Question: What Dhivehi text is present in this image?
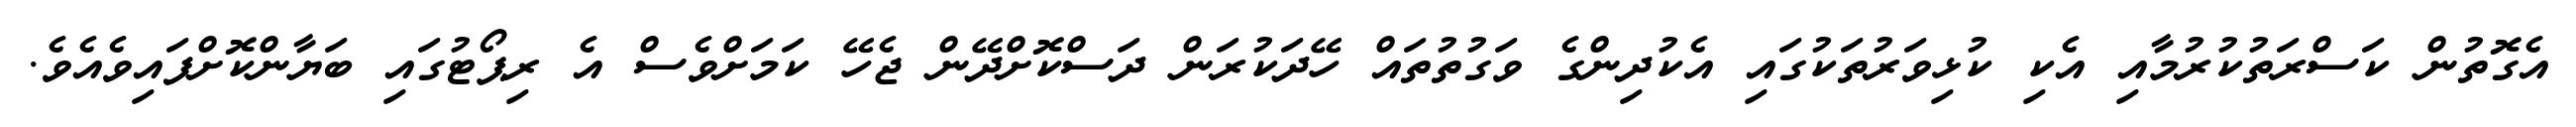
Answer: އެގޮތުން ކަސްރަތުކުރުމާއި އެކި ކުޅިވަރުތަކުގައި އެކުދިންގެ ވަގުތުތައް ހޭދަކުރަން ދަސްކޮށްދޭން ޖެހޭ ކަމަށްވެސް އެ ރިޕޯޓުގައި ބަޔާންކޮށްފައިވެއެވެ.